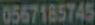
0567185745